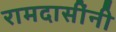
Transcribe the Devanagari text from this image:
रामदासींनी